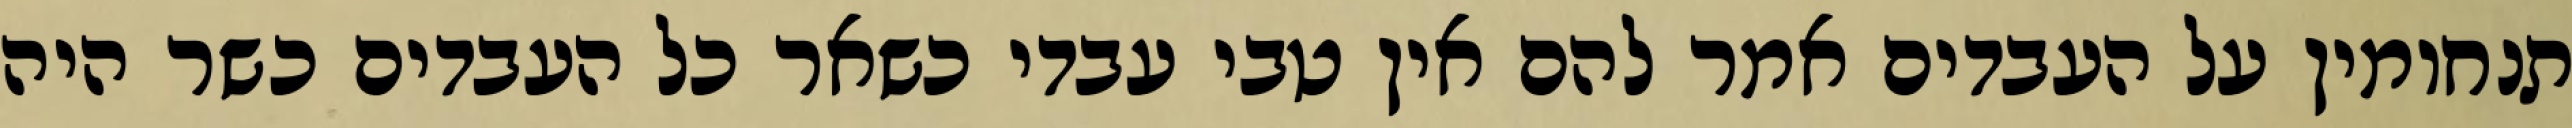
תנחומין על העבדים אמר להם אין טבי עבדי כשאר כל העבדים כשר היה